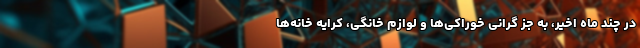
در چند ماه اخیر، به جز گرانی خوراکی‌ها و لوازم خانگی، کرایه خانه‌ها